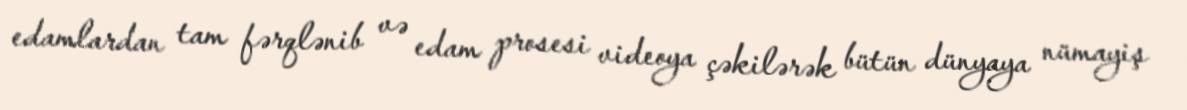
edamlardan tam fərqlənib və edam prosesi videoya çəkilərək bütün dünyaya nümayiş